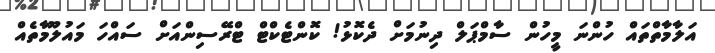
އަލާމާތްތައް ހުންނަ މީހުން ސާމްޕަލް ދިނުމަށް ދެކޮޅު! ކޮންޓެކްޓް ޓްރޭސިންއަށް ސައްހަ މައުލޫމާތެއް